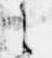
之